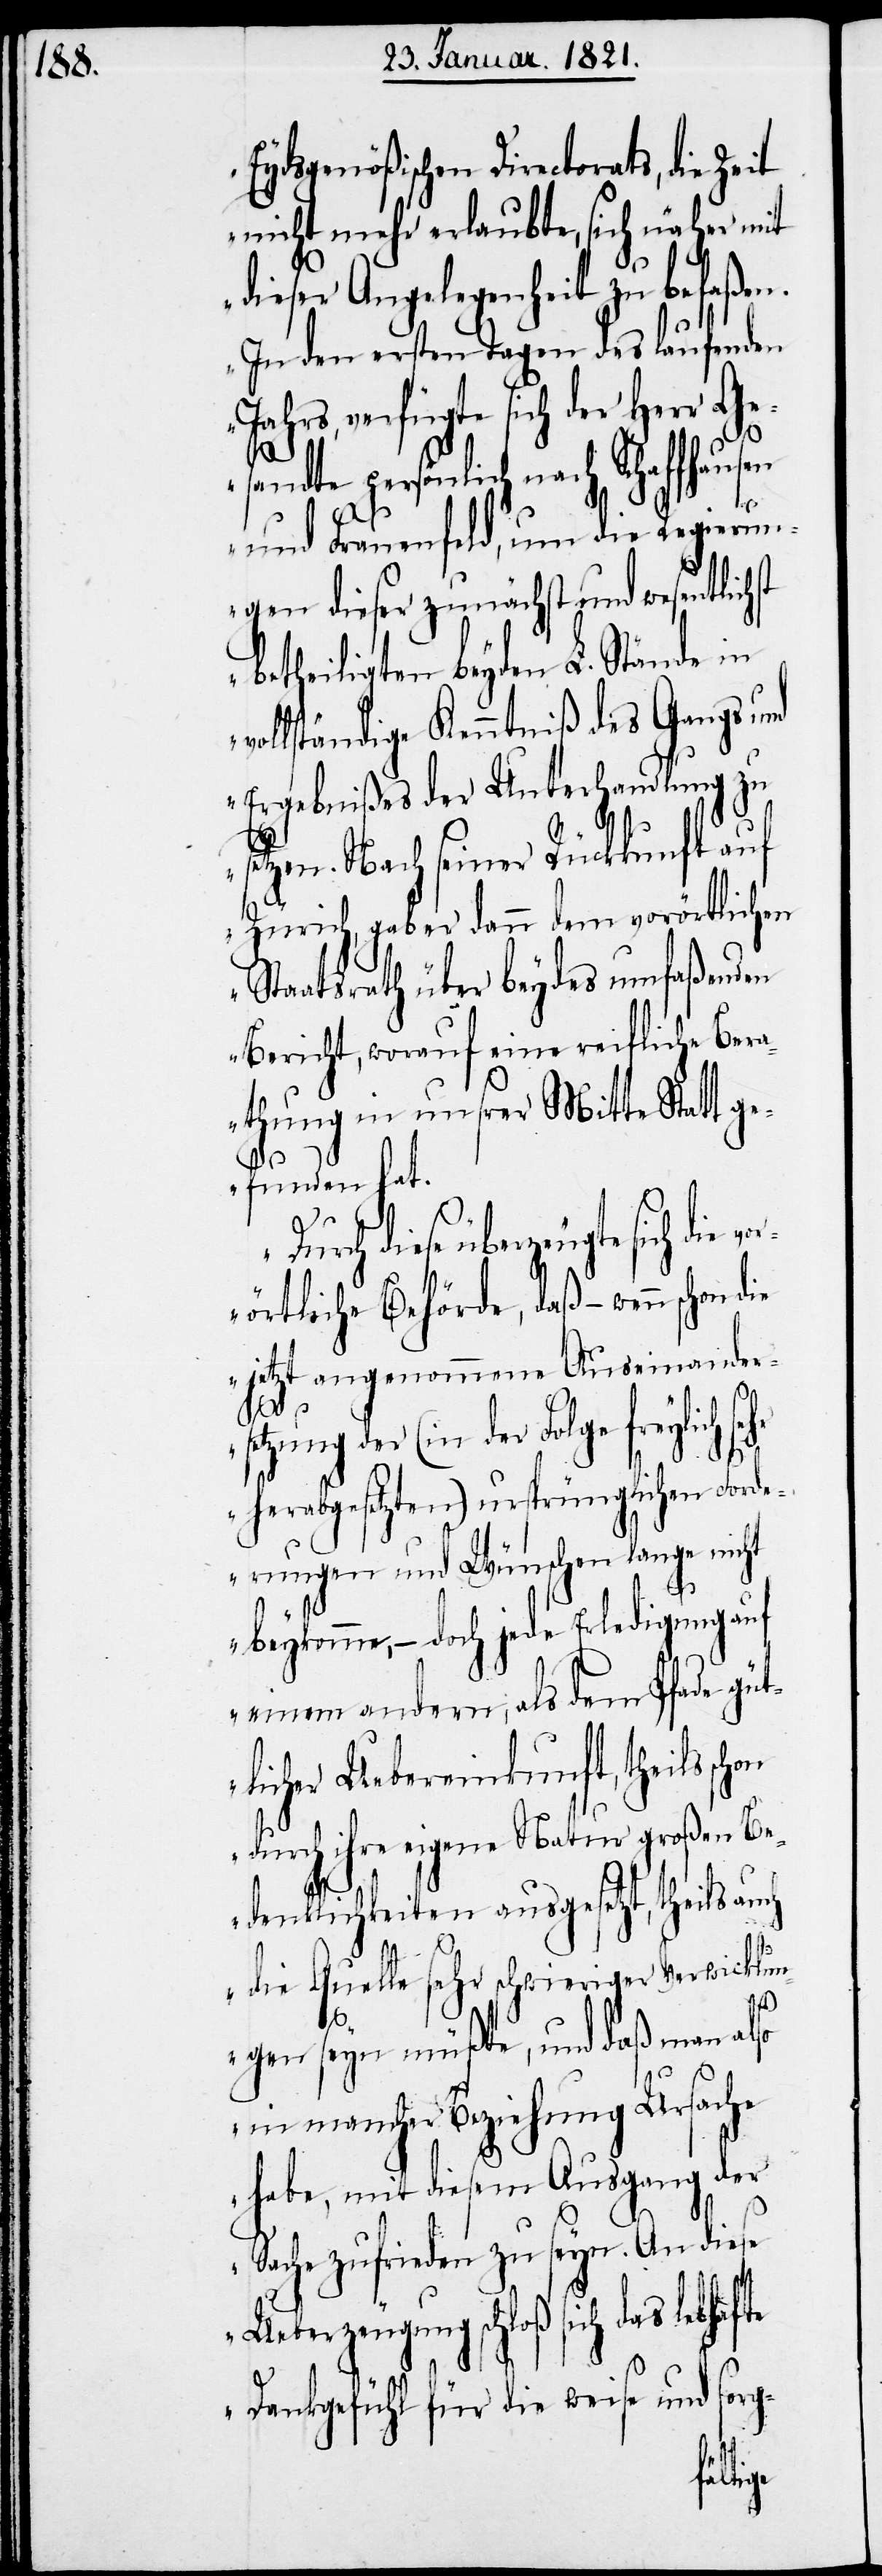
Eydsgenößischen Directorats, die Zeit
nicht mehr erlaubte, sich näher mit
dieser Angelegenheit zu befaßen.
In den ersten Tagen des laufenden
Jahrs, verfügte sich der Herr Ge¬
sandte persönlich nach
und Frauenfeld, um die Regierun¬
gen dieser zunächst und wesentlichst
betheiligten beyden L. Stände in
vollständige Kenntniß des Gangs und
Ergebnißes der Unterhandlungen
setzen. Nach seiner Rückkunft auf
Zürich, gab er dann dem vorörtlichen
Staatsrath über beydes umfaßenden
Bericht, worauf eine reifliche Ber¬
athung in unsrer Mitte Statt g¬
efunden hat.
Durch diese überzeugte sich die vor¬
örtliche Behörde, daß – wenn schon die
jetzt angenommene Auseinander¬
setzung der (in der Folge freylich se¬
hr
herabgesetzten) ursprünglichen Ford¬
erungen und Wünsche lange nicht
beykomme, – doch jede Erledigung auf
einem andern, als dem Pfade gü¬
tlicher Uebereinkunft, theils sch¬
on durch ihre eigene Natur großen Be¬
denklichkeiten ausgesetzt, theils au¬
ch
die Quelle sehr schwieriger Verwicklun¬
gen seyn müßte, und daß man also
in mancher Beziehung Ursache
habe, mit diesem Ausgang der
Sache zufrieden zu seyn. An diese
Ueberzeugung schloß sich das lebhafte
Dankgefühl für die weise und sorg-